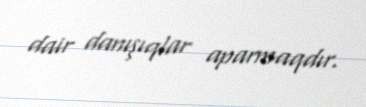
dair danışıqlar aparmaqdır.